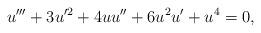
LaTeX: \begin{align*}u''' + 3u^{\prime 2} + 4uu'' + 6u^2u' +u^4 = 0, \end{align*}